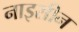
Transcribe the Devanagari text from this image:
नाइसीन